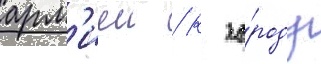
арм'иеи / к го́роду